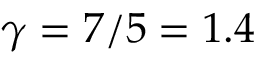
\gamma = 7 / 5 = 1 . 4